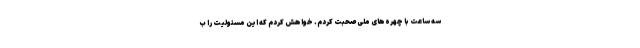
سه ساعت با چهره‌های ملی صحبت کردم. خواهش کردم که این مسئولیت را ب